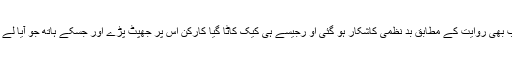
پیپلز پارٹی کی ہر تقریب کی طرح سالگرہ کی تقریب بھی روایت کے مطابق بد نظمی کاشکار ہو گئی او رجیسے ہی کیک کاٹا گیا کارکن اس پر جھپٹ پڑے اور جسکے ہاتھ جو آیا لے اڑا اور کئی کارکن اس موقع پر منہ تکتے رہ گئے ۔